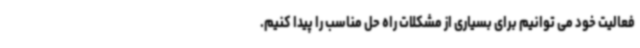
فعالیت خود می توانیم برای بسیاری از مشکلات راه حل مناسب را پیدا کنیم.